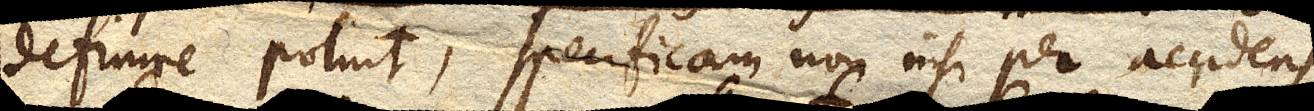
definire potuit, specificam non nisi per accidens,